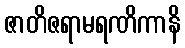
ဇာတိဇရာမရဏိကာနိ